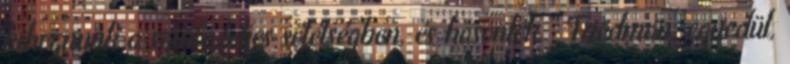
kihoznunk a szinte teljes sötétségben, és hasonlók.” Friedman, egyedül,